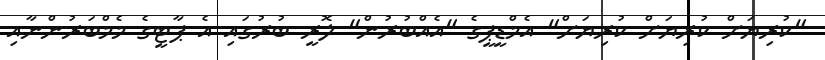
"ކުރިޔަށް ކުރިޔަށް ކުރިޔަށް" އެމްޑީޕީގެ "އެއްބުރުން" ލޮރީ ބުރުގައި އެ ޕާޓީގެ މެމްބަރުންނާއި